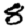
Digit: 8